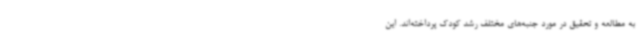
به مطالعه و تحقیق در مورد جنبه‌های مختلف رشد کودک پرداخته‌اند. این